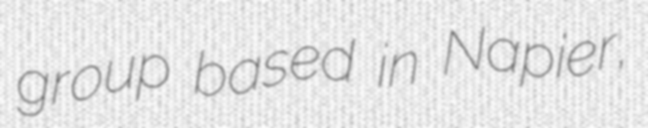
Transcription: group based in Napier,